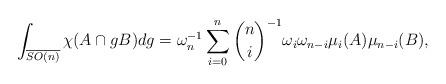
LaTeX: \begin{align*} \int_{\overline{SO(n)}}\chi(A\cap gB)dg=\omega_{n}^{-1}\sum_{i=0}^n{n\choose i}^{-1}\omega_i\omega_{n-i}\mu_i(A)\mu_{n-i}(B),\end{align*}